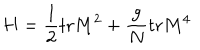
H = \frac { 1 } { 2 } \mathrm { t r } M ^ { 2 } + \frac { g } { N } \mathrm { t r } M ^ { 4 }